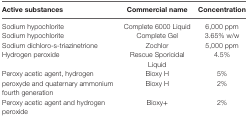
<table><thead><tr><td><b>Active substances</b></td><td><b>Commercial name</b></td><td><b>Concentration</b></td></tr></thead><tbody><tr><td>Sodium hypochlorite</td><td>Complete 6000 Liquid</td><td>6,000 ppm</td></tr><tr><td>Sodium hypochlorite</td><td>Complete Gel</td><td>3.65% w/w</td></tr><tr><td>Sodium dichloro-s-triazinetrione</td><td>Zochlor</td><td>5,000 ppm</td></tr><tr><td>Hydrogen peroxide</td><td>Rescue Sporicidal Liquid</td><td>4.5%</td></tr><tr><td rowspan="2">Peroxy acetic agent, hydrogen peroxyde and quaternary ammonium fourth generation</td><td>Bioxy H</td><td>5%</td></tr><tr><td>Bioxy H</td><td>2%</td></tr><tr><td>Peroxy acetic agent and hydrogen peroxide</td><td>Bioxy+</td><td>2%</td></tr></tbody></table>